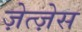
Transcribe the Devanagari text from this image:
ज़ेत्ज़ेस